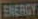
ENERGY